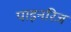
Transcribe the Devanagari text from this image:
पाइनरिज